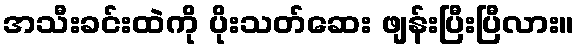
အသီးခင်းထဲကို ပိုးသတ်ဆေး ဖျန်းပြီးပြီလား။